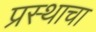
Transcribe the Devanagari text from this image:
प्रस्थाचा